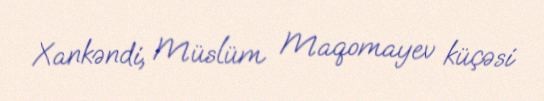
Xankəndi, Müslüm Maqomayev küçəsi